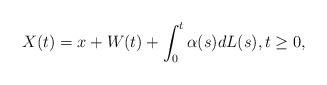
LaTeX: \begin{align*}X(t)=x+W(t)+\int_0^t\alpha(s) dL(s),t\ge0,\end{align*}